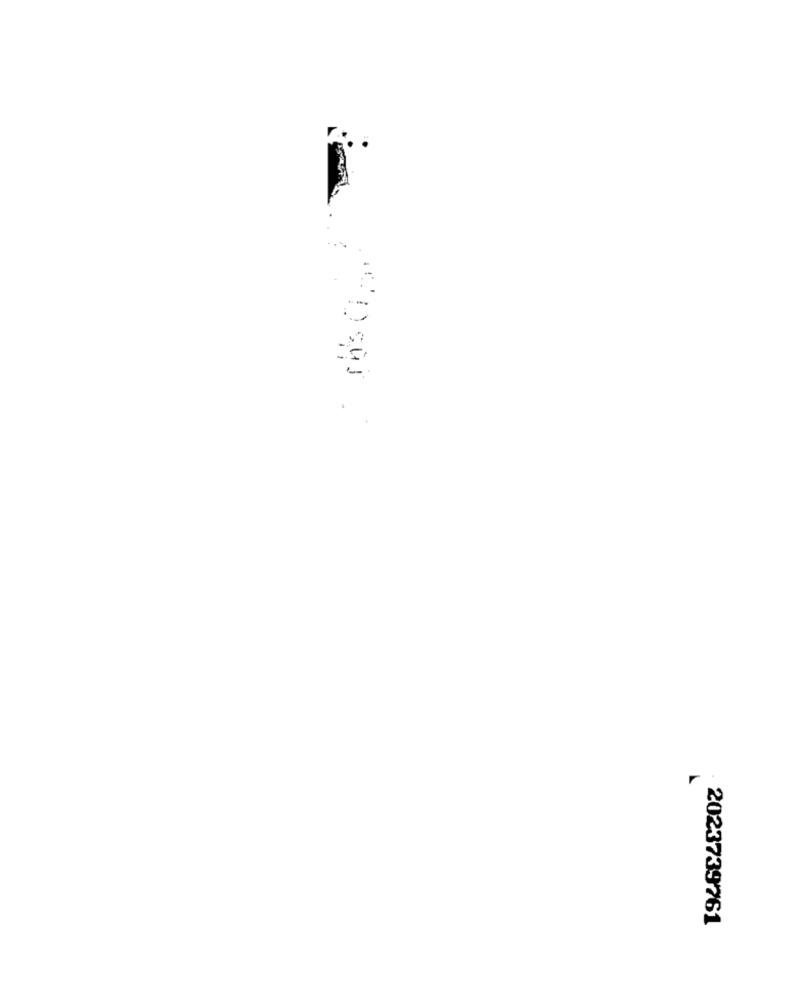
2023739761